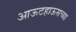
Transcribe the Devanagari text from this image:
आऊटहाऊसच्या